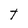
Character: t